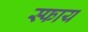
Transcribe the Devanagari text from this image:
स्फाय